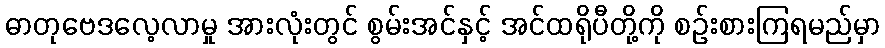
ဓာတုဗေဒလေ့လာမှု အားလုံးတွင် စွမ်းအင်နှင့် အင်ထရိုပီတို့ကို စဉ်းစားကြရမည်မှာ